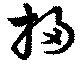
掃